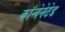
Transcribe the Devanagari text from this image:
कॉन्वेनेटेड